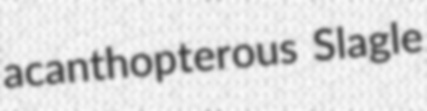
acanthopterous Slagle